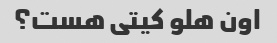
اون هلو کیتی هست؟